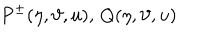
P ^ { \pm } ( \eta , \vartheta , u ) , \, Q ( \eta , \vartheta , u )